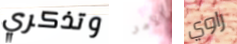
وتذكري الأمر راوي